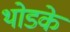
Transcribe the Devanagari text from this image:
थोडके